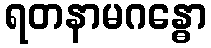
ရတနာမဂန္ဓော